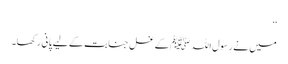
‘‘
میں نے رسول اللہ ﷺ کے غسل جنابت کے لیے پانی رکھا۔